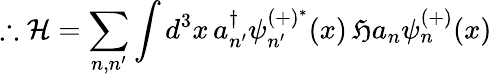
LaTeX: \therefore{\mathcal{H}}=\sum_{n,n^{\prime}}\int d^{3}x\, a_{n^{\prime}}^{\dagger}\psi_{n^{\prime}}^{(+)^{*}}(x)\, {\mathfrak{H}}a_{n}\psi_{n}^{(+)}(x)